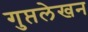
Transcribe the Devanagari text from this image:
गुप्तलेखन